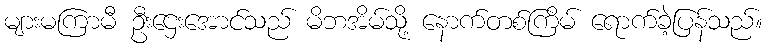
များမကြာမီ ဦးဌေးအောင်သည် မိဘအိမ်သို့ နောက်တစ်ကြိမ် ရောက်ခဲ့ပြန်သည်။